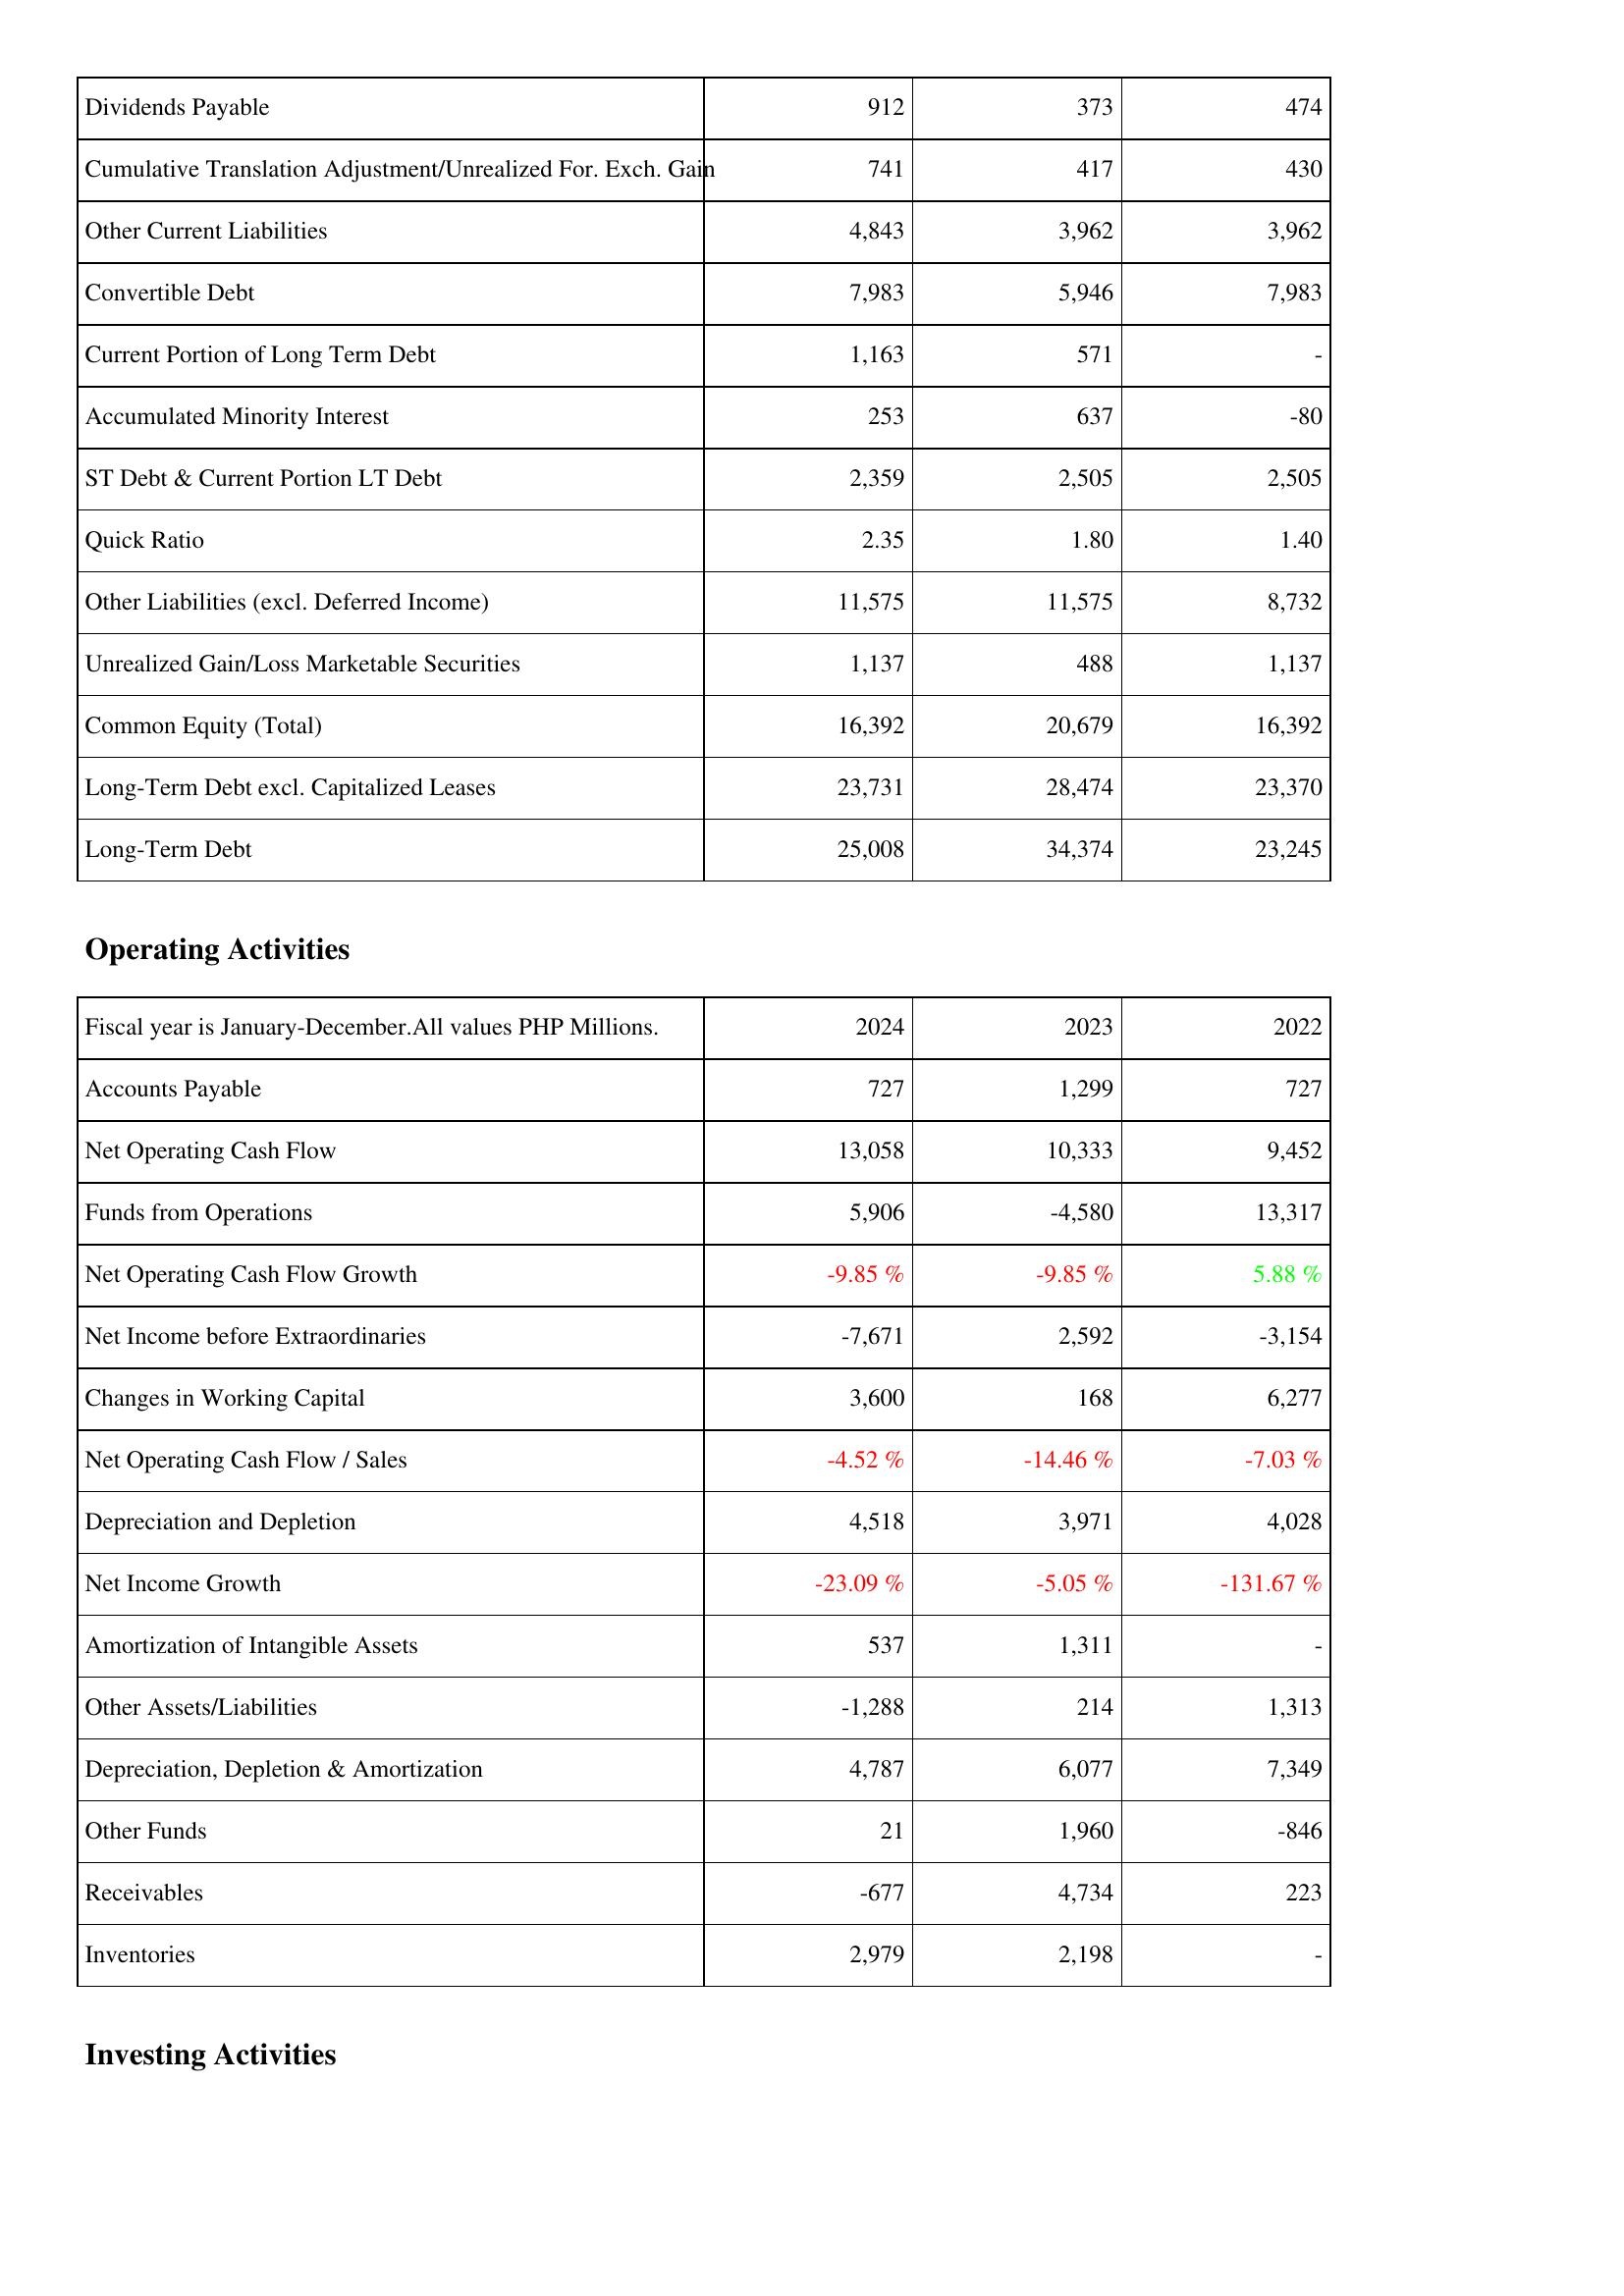
2024: Liabilities & Shareholders' Equity: Dividends Payable: 912
Cumulative Translation Adjustment/Unrealized For. Exch. Gain: 741
Other Current Liabilities: 4,843
Convertible Debt: 7,983
Current Portion of Long Term Debt: 1,163
Accumulated Minority Interest: 253
ST Debt & Current Portion LT Debt: 2,359
Quick Ratio: 2.35
Other Liabilities (excl. Deferred Income): 11,575
Unrealized Gain/Loss Marketable Securities: 1,137
Common Equity (Total): 16,392
Long-Term Debt excl. Capitalized Leases: 23,731
Long-Term Debt: 25,008
Operating Activities: Accounts Payable: 727
Net Operating Cash Flow: 13,058
Funds from Operations: 5,906
Net Operating Cash Flow Growth: -9.85 %
Net Income before Extraordinaries: -7,671
Changes in Working Capital: 3,600
Net Operating Cash Flow / Sales: -4.52 %
Depreciation and Depletion: 4,518
Net Income Growth: -23.09 %
Amortization of Intangible Assets: 537
Other Assets/Liabilities: -1,288
Depreciation, Depletion & Amortization: 4,787
Other Funds: 21
Receivables: -677
Inventories: 2,979
2023: Liabilities & Shareholders' Equity: Dividends Payable: 373
Cumulative Translation Adjustment/Unrealized For. Exch. Gain: 417
Other Current Liabilities: 3,962
Convertible Debt: 5,946
Current Portion of Long Term Debt: 571
Accumulated Minority Interest: 637
ST Debt & Current Portion LT Debt: 2,505
Quick Ratio: 1.80
Other Liabilities (excl. Deferred Income): 11,575
Unrealized Gain/Loss Marketable Securities: 488
Common Equity (Total): 20,679
Long-Term Debt excl. Capitalized Leases: 28,474
Long-Term Debt: 34,374
Operating Activities: Accounts Payable: 1,299
Net Operating Cash Flow: 10,333
Funds from Operations: -4,580
Net Operating Cash Flow Growth: -9.85 %
Net Income before Extraordinaries: 2,592
Changes in Working Capital: 168
Net Operating Cash Flow / Sales: -14.46 %
Depreciation and Depletion: 3,971
Net Income Growth: -5.05 %
Amortization of Intangible Assets: 1,311
Other Assets/Liabilities: 214
Depreciation, Depletion & Amortization: 6,077
Other Funds: 1,960
Receivables: 4,734
Inventories: 2,198
2022: Liabilities & Shareholders' Equity: Dividends Payable: 474
Cumulative Translation Adjustment/Unrealized For. Exch. Gain: 430
Other Current Liabilities: 3,962
Convertible Debt: 7,983
Current Portion of Long Term Debt: -
Accumulated Minority Interest: -80
ST Debt & Current Portion LT Debt: 2,505
Quick Ratio: 1.40
Other Liabilities (excl. Deferred Income): 8,732
Unrealized Gain/Loss Marketable Securities: 1,137
Common Equity (Total): 16,392
Long-Term Debt excl. Capitalized Leases: 23,370
Long-Term Debt: 23,245
Operating Activities: Accounts Payable: 727
Net Operating Cash Flow: 9,452
Funds from Operations: 13,317
Net Operating Cash Flow Growth: 5.88 %
Net Income before Extraordinaries: -3,154
Changes in Working Capital: 6,277
Net Operating Cash Flow / Sales: -7.03 %
Depreciation and Depletion: 4,028
Net Income Growth: -131.67 %
Amortization of Intangible Assets: -
Other Assets/Liabilities: 1,313
Depreciation, Depletion & Amortization: 7,349
Other Funds: -846
Receivables: 223
Inventories: -